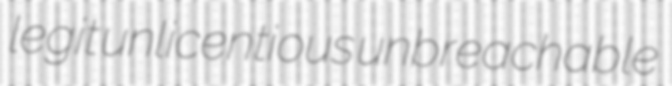
legit unlicentious unbreachable